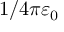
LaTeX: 1 / 4 \pi \varepsilon _ { 0 }